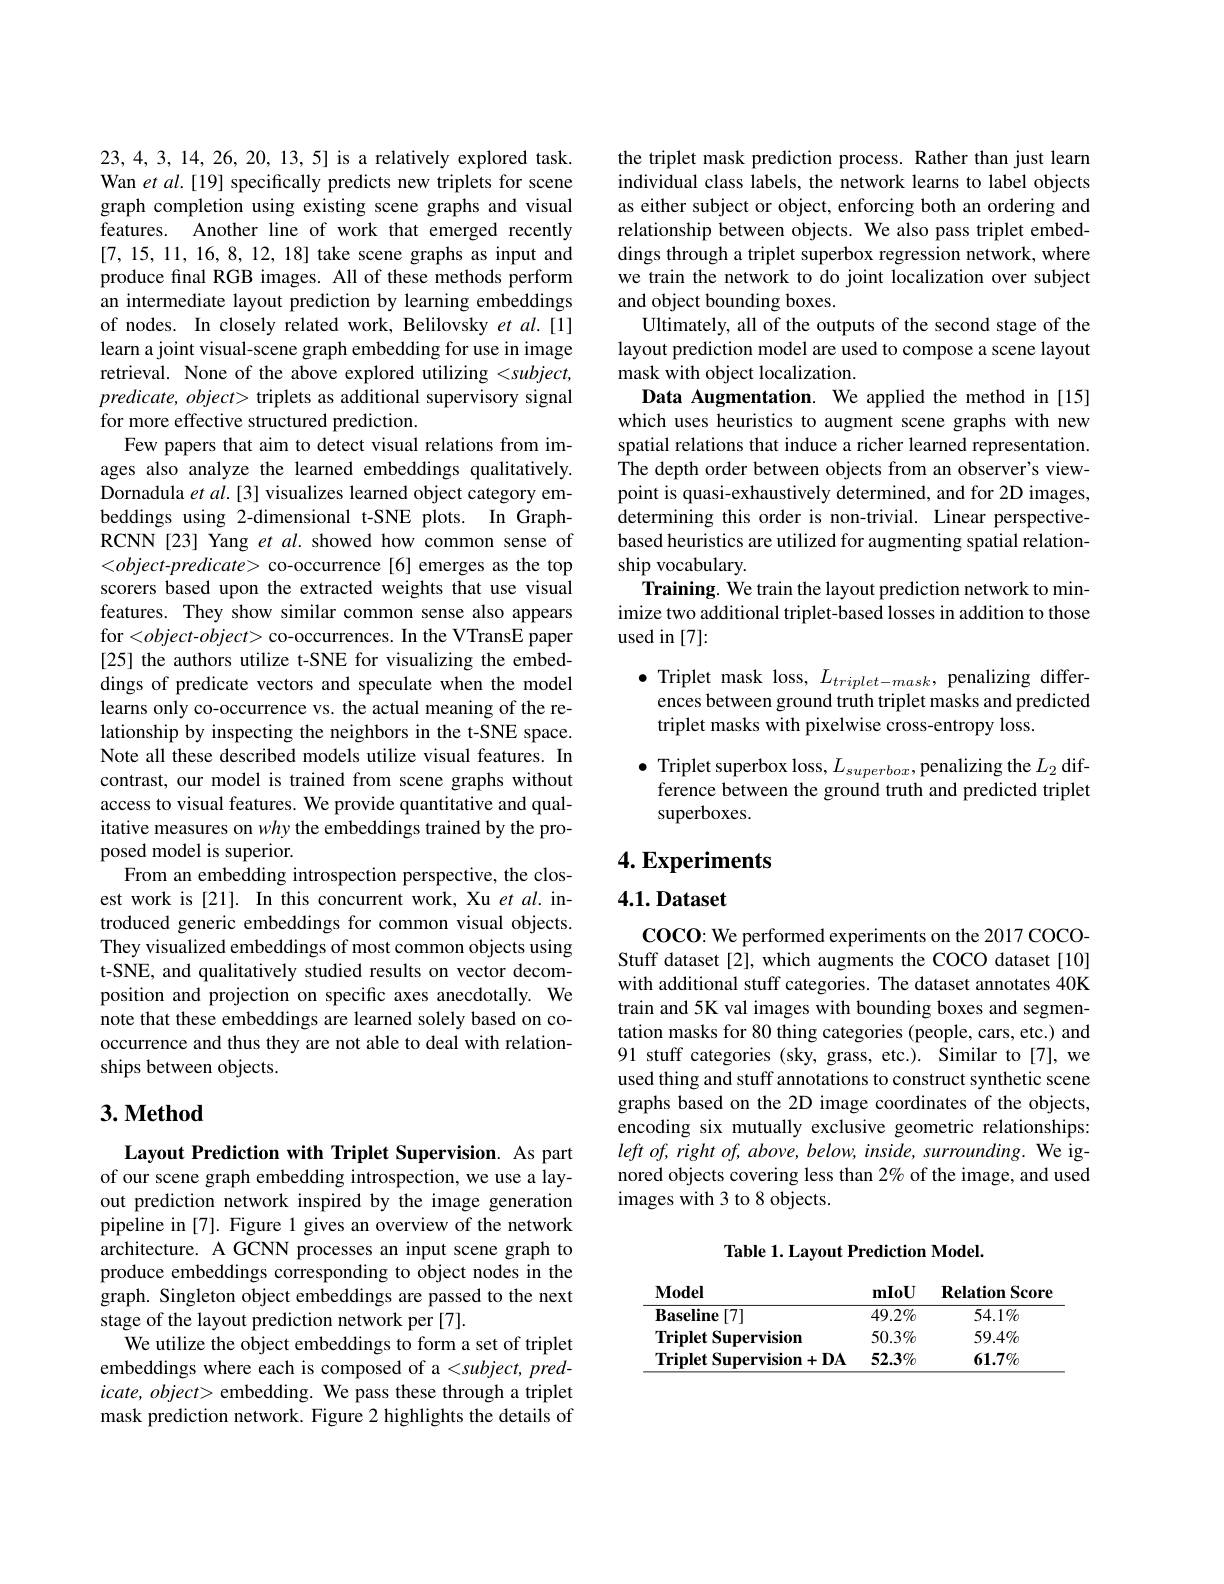
23,4,3,14,26,20,13,5] is a relatively explored task. Wan et al.[19] specifically predicts new triplets for scene graph completion using existing scene graphs and visual features. Another line of work that emerged recently [7,15,11,16,8,12,18] take scene graphs as input and produce final RGB images. All of these methods perform an intermediate layout prediction by learning embeddings of nodes. In closely related work, Belilovsky et al.[1] learn a joint visual-scene graph embedding for use in image retrieval. None of the above explored utilizing <subject, predicate, object> triplets as additional supervisory signal for more effective structured prediction.
Few papers that aim to detect visual relations from images also analyze the learned embeddings qualitatively. Dornadula $etal.[3]$ visualizes learned object category embeddings using 2-dimensional t-SNE plots. In GraphRCNN [23] Yang et al. showed how common sense of $<object-predicate>$ co-occurrence[6] emerges as the top scorers based upon the extracted weights that use visual features. They show similar common sense also appears for <object-object> co-occurrences. In the VTransE paper [25] the authors utilize t-SNE for visualizing the embeddings of predicate vectors and speculate when the model learns only co-occurrence vs. the actual meaning of the relationship by inspecting the neighbors in the t-SNE space. Note all these described models utilize visual features. In contrast, our model is trained from scene graphs without access to visual features. We provide quantitative and qualitative measures on why the embeddings trained by the proposed model is superior.
From an embedding introspection perspective, the closest work is [21]. In this concurrent work, Xu et al. introduced generic embeddings for common visual objects. They visualized embeddings of most common objects using t-SNE, and qualitatively studied results on vector decomposition and projection on specific axes anecdotally. We note that these embeddings are learned solely based on cooccurrence and thus they are not able to deal with relationships between objects.

## $3. \textbf{Method}$

Layout Prediction with Triplet Supervision. As part of our scene graph embedding introspection, we use a layout prediction network inspired by the image generation $\hat{\text{pipeline in}}[7].$ Figure 1 gives an overview of the network architecture. A GCNN processes an input scene graph to produce embeddings corresponding to object nodes in the graph. Singleton object embeddings are passed to the next stage of the layout prediction network per [7].
We utilize the object embeddings to form a set of triplet embeddings where each is composed of a <subject, pred- $icate,object>$ embedding. We pass these through a triplet mask prediction network. Figure 2 highlights the details of

the triplet mask prediction process. Rather than just learn individual class labels, the network learns to label objects as either subject or object, enforcing both an ordering and relationship between objects. We also pass triplet embeddings through a triplet superbox regression network, where we train the network to do joint localization over subject and object bounding boxes.
Ultimately, all of the outputs of the second stage of the layout prediction model are used to compose a scene layout mask with object localization.
Data Augmentation. We applied the method in [15] which uses heuristics to augment scene graphs with new spatial relations that induce a richer learned representation. The depth order between objects from an observer's viewpoint is quasi-exhaustively determined, and for 2D images, determining this order is non-trivial. Linear perspectivebased heuristics are utilized for augmenting spatial relationship vocabulary.
Training. We train the layout prediction network to minimize two additional triplet-based losses in addition to those used in [7]:
$\bullet$ Triplet mask loss, $L_triplet-mask$, penalizing differ-
ences between ground truth triplet masks and predicted

triplet masks with pixelwise cross-entropy loss.
$\bullet$ Triplet superbox loss, $L_superbox$, penalizing the $L_2$ dif-
ference between the ground truth and predicted triplet
superboxes.

$4. \textbf{Experiments}$

## 4.1. Dataset

COCO: We performed experiments on the 2017 COCOStuff dataset [2], which augments the COCO dataset [10] with additional stuff categories. The dataset annotates 40K train and 5K val images with bounding boxes and segmentation masks for 80 thing categories (people, cars, etc.) and 91 stuff categories (sky, grass, etc.). Similar to [7], we used thing and stuff annotations to construct synthetic scene graphs based on the 2D image coordinates of the objects, encoding six mutually exclusive geometric relationships: left of, right of, above, below, inside, surrounding. We ignored objects covering less than 2% of the image, and used images with 3 to 8 objects.

Table 1. Layout Prediction Model.

<table>
	<tbody>
		<tr>
			<th>$\mathbf{Model}$</th>
			<th>mloU</th>
			<th>Relation $\operatorname{score}$</th>
		</tr>
		<tr>
			<td>Baseline[7]</td>
			<td>$49.2\%$</td>
			<td>$54.1\%$</td>
		</tr>
		<tr>
			<td>Triplet Supervision</td>
			<td>$50.3\%$</td>
			<td>$59.4\%$</td>
		</tr>
		<tr>
			<td>Triplet Supervision+DA</td>
			<td>$52.3\%$</td>
			<td>$6\mathbf{1.7}\%$</td>
		</tr>
	</tbody>
</table>